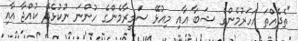
"ތެދެއްތަ އަހަރުމެންގެ ޝަބާ އާއި މިއުޅޭ ސަމީރާމެންގެ ހުންނަ ނުކުޅެދޭ ކުއްޖާ އާއި